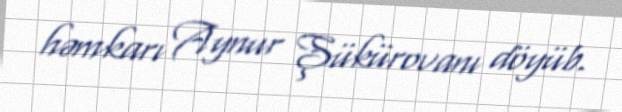
həmkarı Aynur Şükürovanı döyüb.